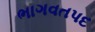
ભાગવતપદ